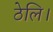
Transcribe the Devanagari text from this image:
ठेलि।